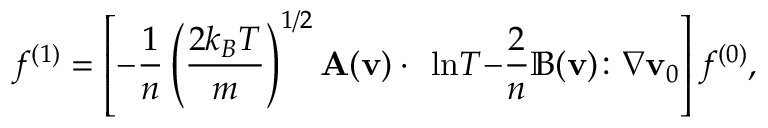
f ^ { ( 1 ) } = \left[ - { \frac { 1 } { n } } \left( { \frac { 2 k _ { B } T } { m } } \right) ^ { 1 / 2 } \mathbf { A ( \mathbf { v } ) \cdot \nabla \ln } T \mathbf { - } { \frac { 2 } { n } } \mathbb { B ( \mathbf { v } ) \colon \nabla } \mathbf { v } _ { 0 } \right] f ^ { ( 0 ) } ,